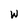
Character: W